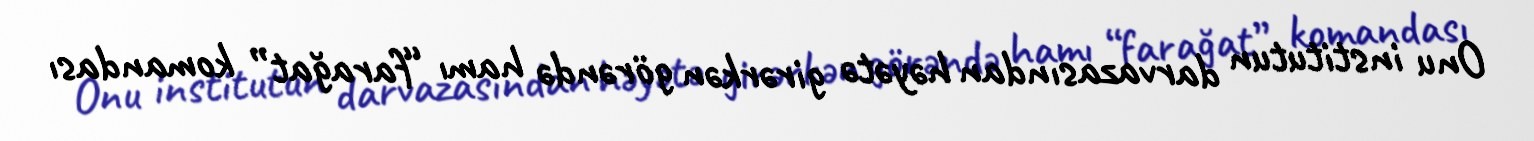
Onu institutun darvazasından həyətə girərkən görəndə hamı “farağat” komandası